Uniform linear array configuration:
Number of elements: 8
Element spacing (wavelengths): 0.5
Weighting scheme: binomial
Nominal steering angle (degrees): -45
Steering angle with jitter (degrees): -44.174
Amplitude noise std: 0.05
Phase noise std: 0.05

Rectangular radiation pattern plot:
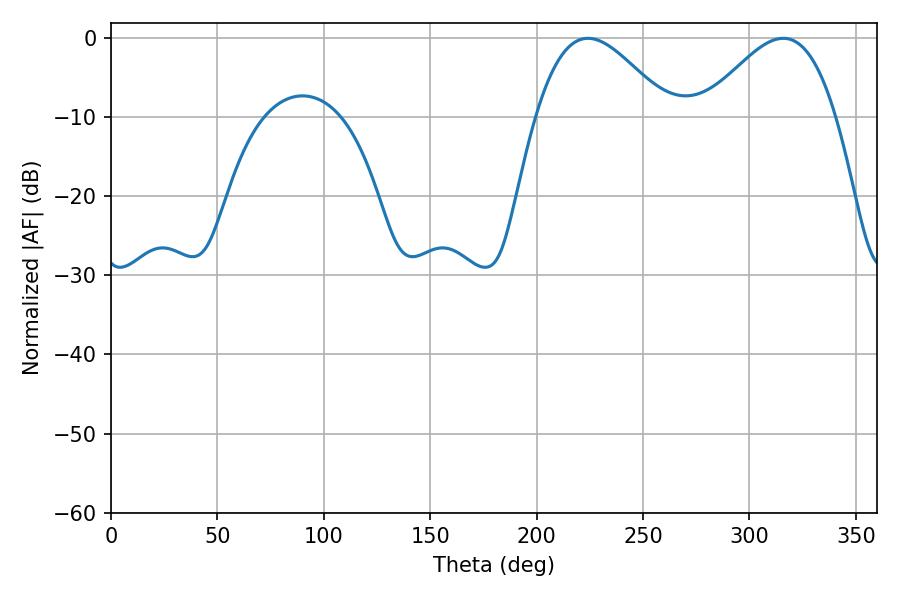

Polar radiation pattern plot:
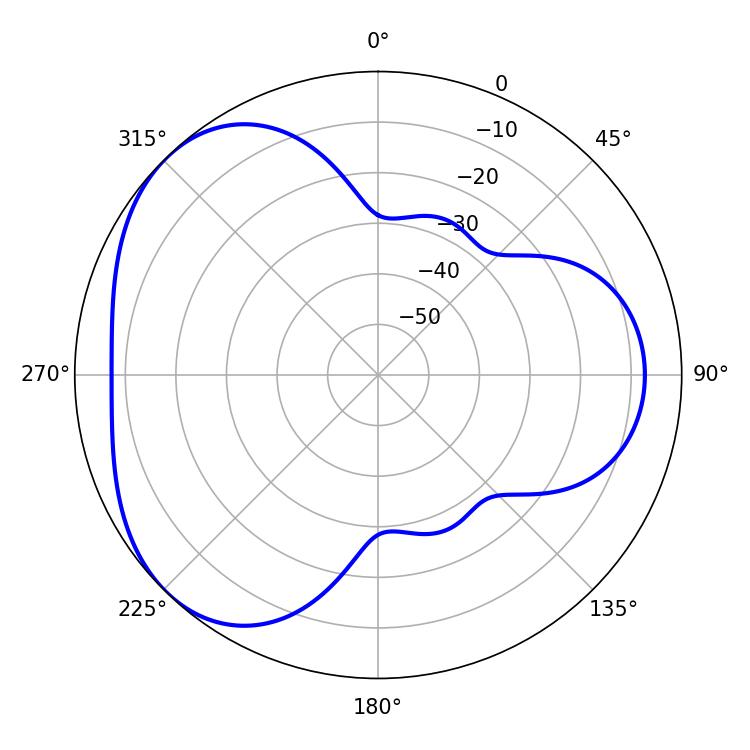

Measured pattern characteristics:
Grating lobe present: FALSE
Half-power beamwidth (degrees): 33.48
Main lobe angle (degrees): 224.1